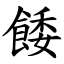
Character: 餧